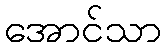
အောင်သာ